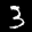
Label: 3